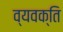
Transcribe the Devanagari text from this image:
व्यवक्ति